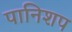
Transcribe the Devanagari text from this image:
पानिशप